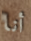
أنا